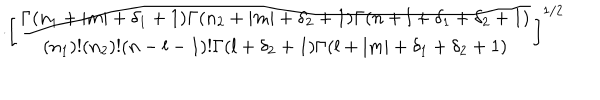
LaTeX: \cdot \left[ \frac { \Gamma ( n _ { 1 } + | m | + \delta _ { 1 } + 1 ) \Gamma ( n _ { 2 } + | m | + \delta _ { 2 } + 1 ) \Gamma ( n + l + \delta _ { 1 } + \delta _ { 2 } + 1 ) } { ( n _ { 1 } ) ! ( n _ { 2 } ) ! ( n - l - 1 ) ! \Gamma ( l + \delta _ { 2 } + 1 ) \Gamma ( l + | m | + \delta _ { 1 } + \delta _ { 2 } + 1 ) } \right] ^ { 1 / 2 }